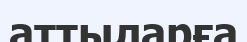
аттыларға